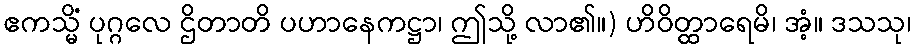
ဧကသ္မိံ ပုဂ္ဂလေ ဌိတာတိ ပဟာနေကဋ္ဌာ၊ ဤသို့ လာ၏။) ဟိဝိတ္ထာရေမိ၊ အံ့။ ဒသသု၊